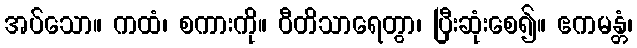
အပ်သော။ ကထံ၊ စကားကို။ ဝီတိသာရေတွာ၊ ပြီးဆုံးစေ၍။ ဧကမန္တံ၊